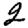
Digit: 2